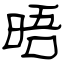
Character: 晤